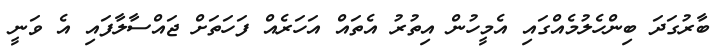
ބާރުގަދަ ބިންހެލުމެއްގައި އެމީހުން އިތުރު އެތައް އަހަރެއް ފަހަތަށް ޖައްސާލާފައި އެ ވަނީ